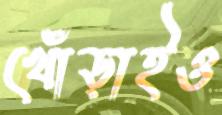
খোঁড়াইও